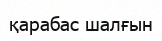
қарабас шалғын